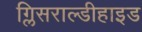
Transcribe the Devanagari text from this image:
ग्लिसराल्डीहाइड